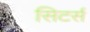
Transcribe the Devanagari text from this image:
सिटर्स